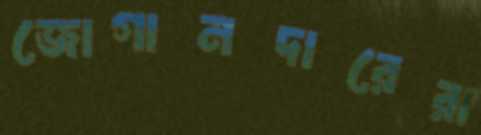
জোগানদারেরা